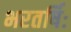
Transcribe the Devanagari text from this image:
भरतर्षिः